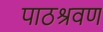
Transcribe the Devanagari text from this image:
पाठश्रवण